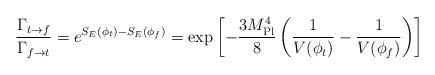
LaTeX: \begin{align*}{\Gamma_{t\rightarrow f} \over\Gamma_{f\rightarrow t}} = e^{S_E(\phi_t) -S_E(\phi_f)} = \exp\left[ -{3M_{\rm Pl}^4 \over 8}\left({1\over V(\phi_t)} - {1\over V(\phi_f)}\right) \right]\end{align*}